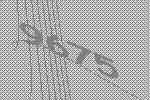
9675